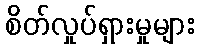
စိတ်လှုပ်ရှားမှုများ